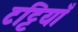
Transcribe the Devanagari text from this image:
टट्टियाँ